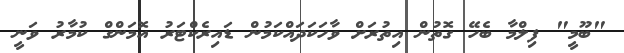
"ބޫމީ" ފިލްމާ ބެހޭ ގޮތުން އިތުރަށް ވާހަކަދައްކަމުން ޑައިރެކްޓަރު އޮމަންގް ކުމާރު ވަނީ